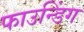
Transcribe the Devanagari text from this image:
फाउन्डिंग